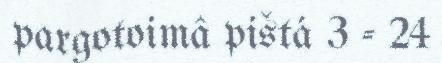
pargotoimâ pištá 3 - 24